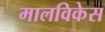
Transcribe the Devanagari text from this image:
मालविकेस